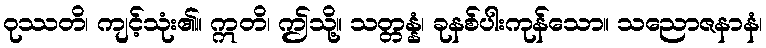
ဝုဿတိ၊ ကျင့်သုံး၏။ ဣတိ၊ ဤသို့။ သတ္တန္နံ၊ ခုနစ်ပါးကုန်သော။ သညောဇနာနံ၊